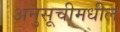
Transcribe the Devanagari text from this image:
अनुसूचीमधील